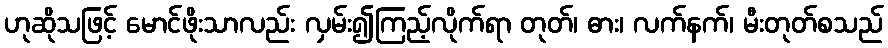
ဟုဆိုသဖြင့် မောင်ဖိုးသာလည်း လှမ်း၍ကြည့်လိုက်ရာ တုတ်၊ ဓား၊ လက်နက်၊ မီးတုတ်စသည်